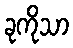
ခုကိုသာ